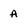
Character: a